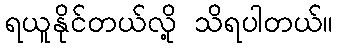
ရယူနိုင်တယ်လို့ သိရပါတယ်။